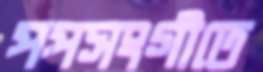
পপসংগীতে